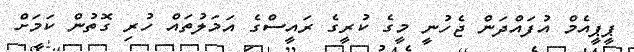
ޕީޕީއެމް އުފައްދަން ޖެހުނީ މީގެ ކުރީގެ ރައީސްގެ އަމަލުތައް ހުރި ގޮތުން ކަމަށް